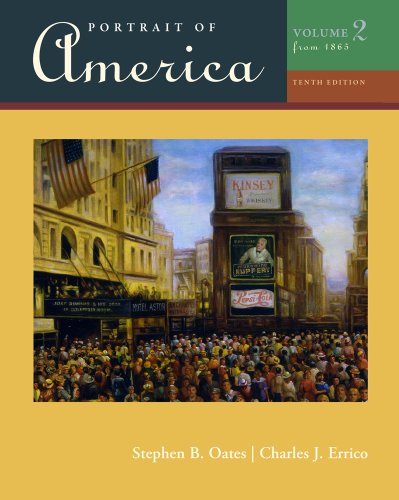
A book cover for Portrait of America, Volume II; Stephen Oates; History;